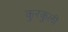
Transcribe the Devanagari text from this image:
कुरकुली